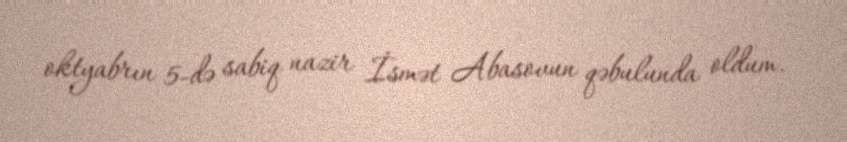
oktyabrın 5-də sabiq nazir İsmət Abasovun qəbulunda oldum.